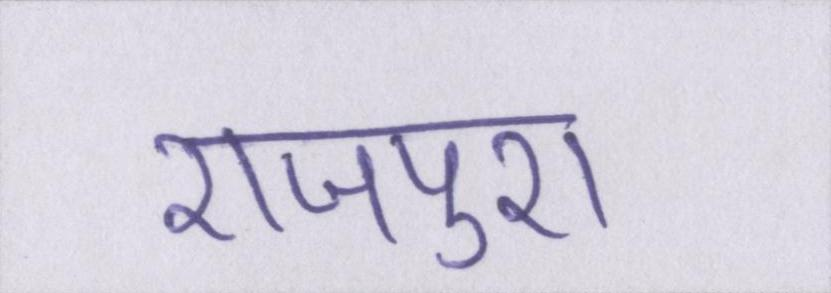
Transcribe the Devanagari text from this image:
राजपुरा